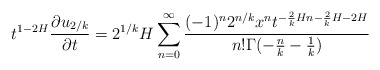
\begin{align*} t^{1-2H}\frac{\partial u_{2/k}}{\partial t}&= 2^{1/k}H \sum_{n=0}^{\infty}\frac{(-1)^n 2^{n/k} x^n t^{-\frac{2}{k}Hn-\frac{2}{k}H-2H}}{n!\Gamma(-\frac{n}{k}-\frac{1}{k})} \end{align*}